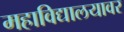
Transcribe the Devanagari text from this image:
महाविद्यालयावर